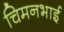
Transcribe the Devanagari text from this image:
चिमनभाई